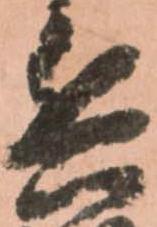
兵